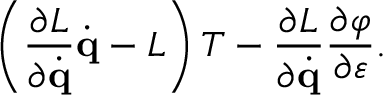
\left( { \frac { \partial L } { \partial { \dot { \mathbf { q } } } } } { \dot { \mathbf { q } } } - L \right) T - { \frac { \partial L } { \partial { \dot { \mathbf { q } } } } } { \frac { \partial \varphi } { \partial \varepsilon } } .